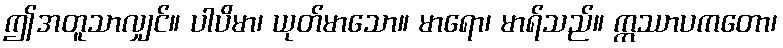
ဤအတူသာလျှင်။ ပါပိမာ၊ ယုတ်မာသော။ မာရော၊ မာရ်သည်။ ဣဿာပကတော၊